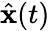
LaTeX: {\hat{\mathbf{x}}}(t)